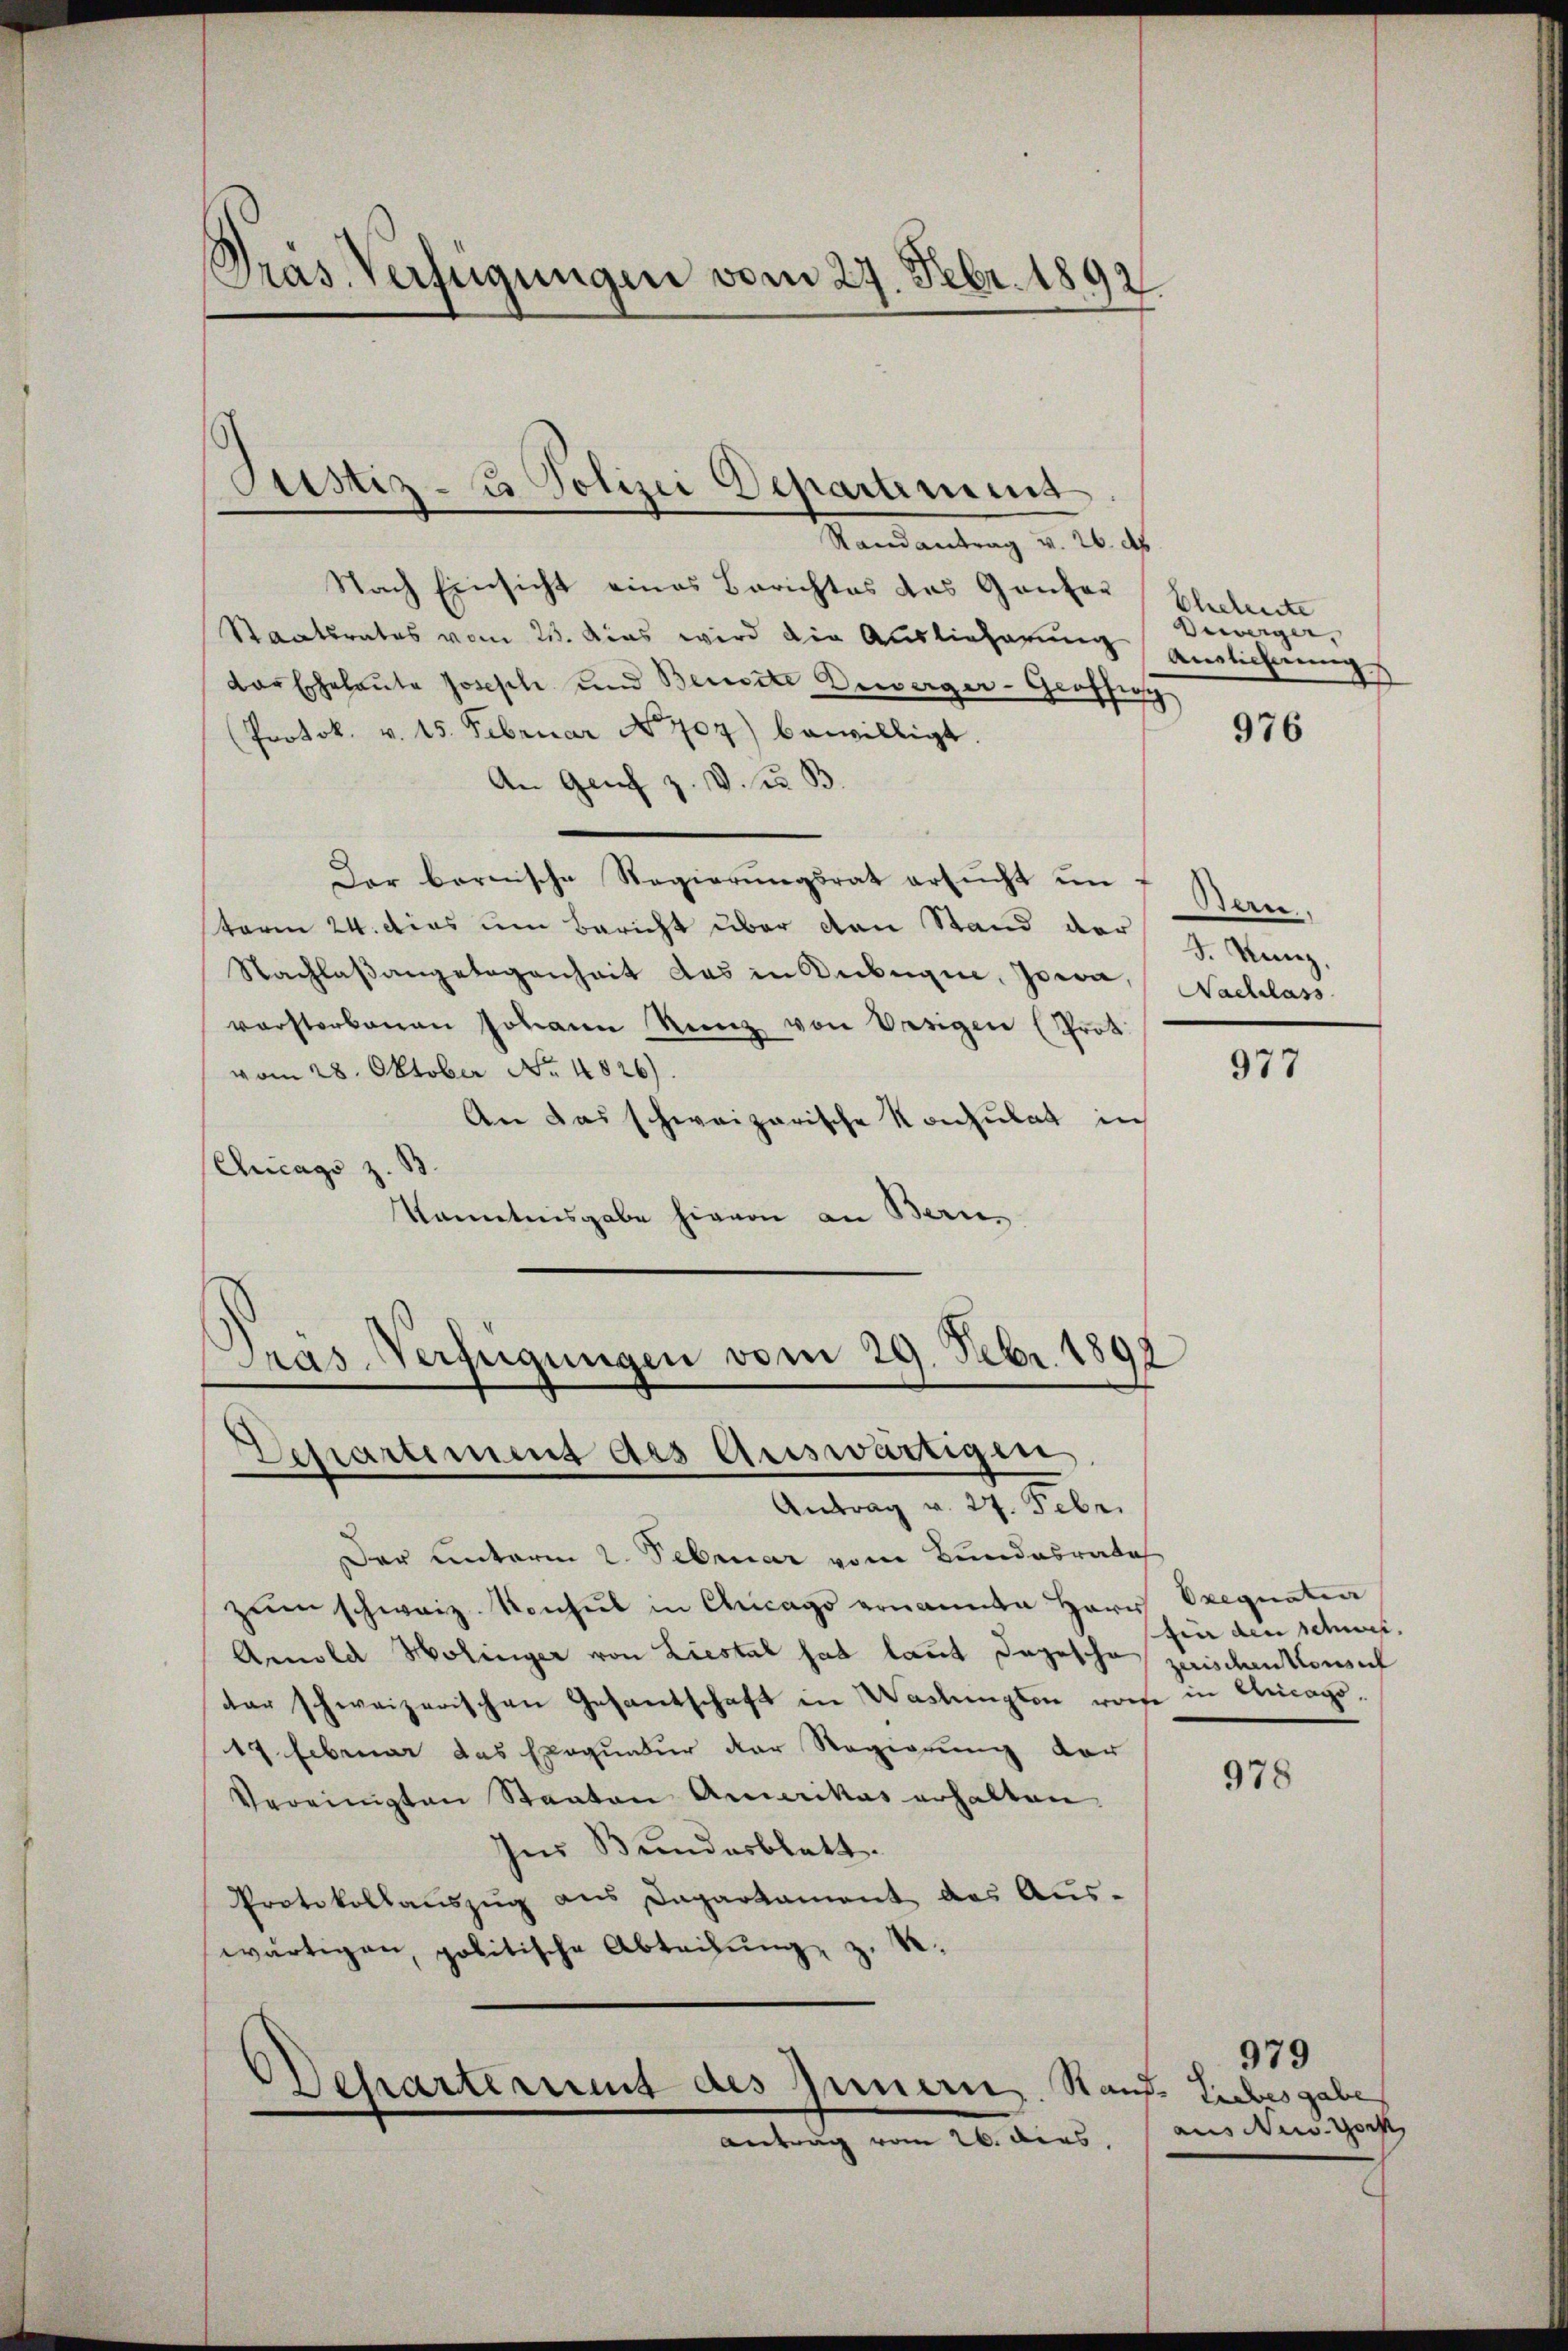
Präs. Verfügungen vom 27. Febr. 1892

Randantrag v. 26. ds.
Nach Einsicht eines Berichtes das Ganten Eheleute
Staatsrates vom 25. Das wird die Auslieferung Auslichnung
der Eheleute Joseph und Bereite Gewerger-Graffig
(Protok. v. 15. Februar No. 707) bewilligt.
An Genf z. V. d. B.
Dar bernische Regierŭngsrat ersŭcht um 7 Bern,
term 24. das um Bericht über den Stand der J. Kanz
Nachlaßangelegenheit das in Rübegine, Jowa, Nachlass
verstorbenen Johann Runz von Vasigen (Prot.
vom 28. Oktober No. 4826).
An das schweizerische Konsulat in
Chicago z. B.
Kanntnisgabe hievon an Bern,

Justiz- u Polizei Departement.

Dras-Verfeigungen vom 29. Febr. 1892
Departement des Auswärtigen
Antrag v. 21. Febr.

Behartermit des Innern. Stand. Liebesgabe
Antrag vom 26. dies

Bewerger,

Der Unterm 2. Februar vom Bundesrate
zum schweiz. Konsul in Chicago ernannte Herr Exequatia
Arnold Holinger von Liestal hat laut Tagesche zwischen konsul
der schweizerischen Gesantschaft in Waslingten worte in Chicago¬
19 Februar das Exequatur der Regierung der
Vereinigten Staaten Amerikas erhalten.
ses Bundesblatt.
Protokollauszug aus Dapartament das Aus-
.
wärtigen, politische Abteilung, z.

976

977

Ein den schwis

978

979
aus New York